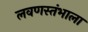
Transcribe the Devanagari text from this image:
लवणस्तंभाला